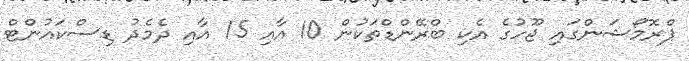
ޕްރޮމޯޝަންގައި ޖޫހުގެ އެކި ބްރޭންޑްތަކުން 10 އާއި 15 އާއި ދެމެދު ޑިސްކައުންޓް